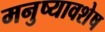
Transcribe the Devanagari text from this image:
मनुष्यावशेष